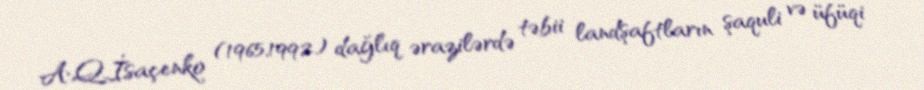
A.Q.İsaçenko (1965,1992) dağlıq ərazilərdə təbii landşaftların şaquli və üfüqi